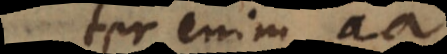
ter enim aa